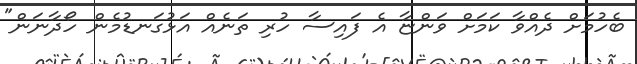
ބެހުމަށް ދެއްވާ ކަމަށް ވަންޏާ އެ ފައިސާ ހުރި ތަނެއް އަޅުގަނޑުމެން ހޯދާނަން"